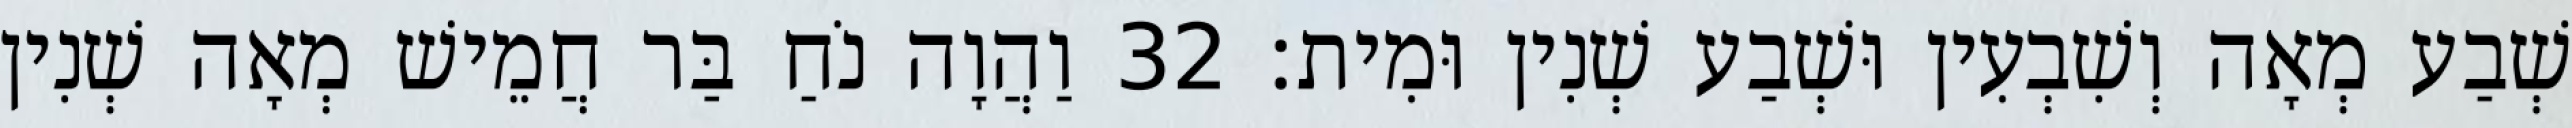
שְׁבַע מְאָה וְשִׁבְעִין וּשְׁבַע שְׁנִין וּמִית׃ 32 וַהֲוָה נֹחַ בַּר חֲמֵישׁ מְאָה שְׁנִין